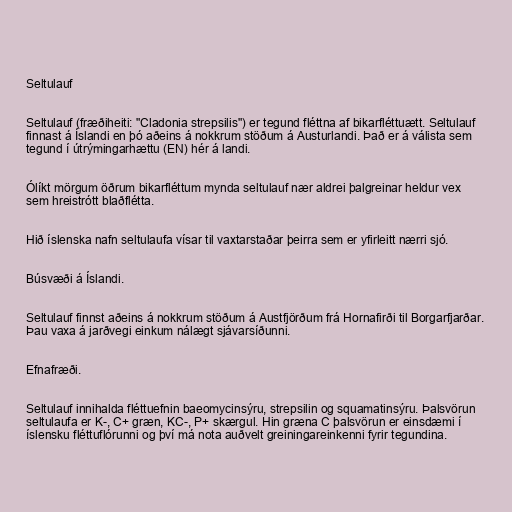
Seltulauf

Seltulauf (fræðiheiti: "Cladonia strepsilis") er tegund fléttna af bikarfléttuætt. Seltulauf
finnast á Íslandi en þó aðeins á nokkrum stöðum á Austurlandi. Það er á válista sem
tegund í útrýmingarhættu (EN) hér á landi.

Ólíkt mörgum öðrum bikarfléttum mynda seltulauf nær aldrei þalgreinar heldur vex
sem hreistrótt blaðflétta.

Hið íslenska nafn seltulaufa vísar til vaxtarstaðar þeirra sem er yfirleitt nærri sjó.

Búsvæði á Íslandi.

Seltulauf finnst aðeins á nokkrum stöðum á Austfjörðum frá Hornafirði til Borgarfjarðar.
Þau vaxa á jarðvegi einkum nálægt sjávarsíðunni.

Efnafræði.

Seltulauf innihalda fléttuefnin baeomycinsýru, strepsilin og squamatinsýru. Þalsvörun
seltulaufa er K-, C+ græn, KC-, P+ skærgul. Hin græna C þalsvörun er einsdæmi í
íslensku fléttuflórunni og því má nota auðvelt greiningareinkenni fyrir tegundina.